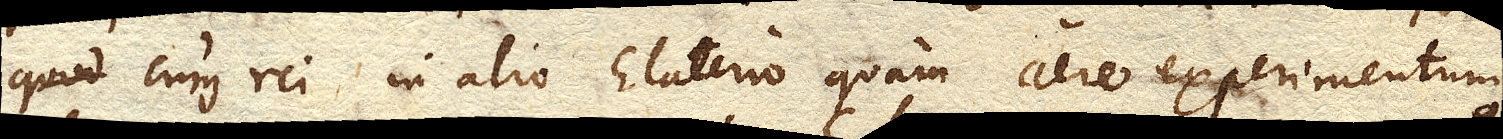
quod cujus rei in alio Elaterio quam aere experimentum